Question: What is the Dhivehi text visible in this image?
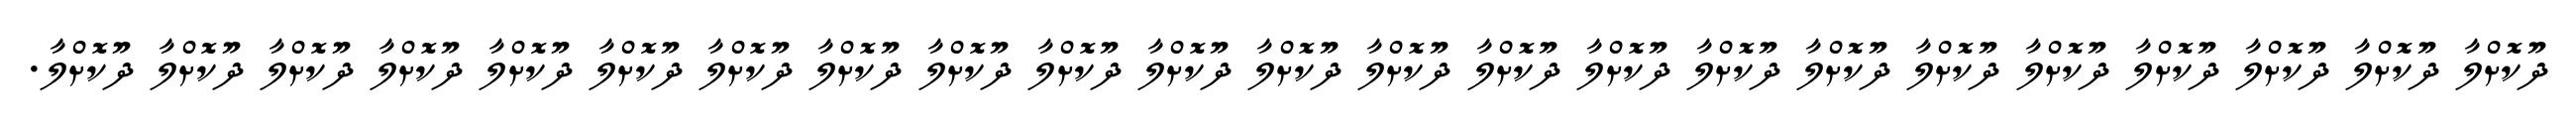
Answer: ދޫކޮށްލާ ދޫކޮށްލާ ދޫކޮށްލާ ދޫކޮށްލާ ދޫކޮށްލާ ދޫކޮށްލާ ދޫކޮށްލާ ދޫކޮށްލާ ދޫކޮށްލާ ދޫކޮށްލާ ދޫކޮށްލާ ދޫކޮށްލާ ދޫކޮށްލާ ދޫކޮށްލާ ދޫކޮށްލާ ދޫކޮށްލާ ދޫކޮށްލާ ދޫކޮށްލާ ދޫކޮށްލާ ދޫކޮށްލާ ދޫކޮށްލާ ދޫކޮށްލާ ދޫކޮށްލާ.